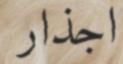
اجذار